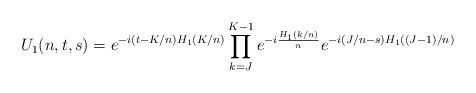
LaTeX: \begin{align*}U_1(n,t,s) = e^{-i(t-K/n)H_1(K/n)}\prod_{k=J}^{K-1}e^{-i\frac{H_1(k/n)}{n}}e^{-i(J/n - s) H_1((J-1)/n)}\end{align*}